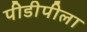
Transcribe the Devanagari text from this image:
पीडीपीला